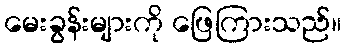
မေးခွန်းများကို ဖြေကြားသည်။